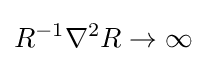
R^{-1}\nabla ^{2}R\to \infty